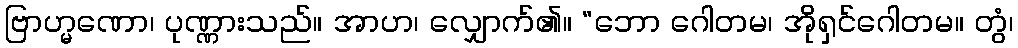
ဗြာဟ္မဏော၊ ပုဏ္ဏားသည်။ အာဟ၊ လျှောက်၏။ “ဘော ဂေါတမ၊ အိုရှင်ဂေါတမ။ တွံ၊